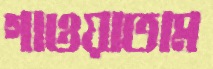
গাওয়াতাম